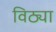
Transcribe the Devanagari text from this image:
विठ्या